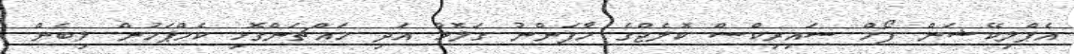
އެޕްލިކޭޝަން ފޯމް ސައިރިކްސް ކޮލެޖްގެ މާފަންނު ގަލޮޅު އަދި މައްޗަންގޮޅި ކެމްޕަހުން ލިބެން